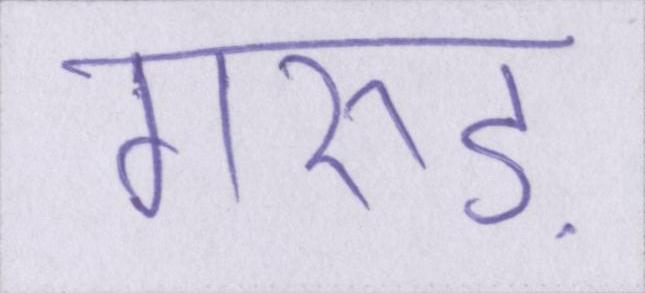
गरुड़